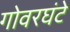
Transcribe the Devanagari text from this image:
गोवरघंटे